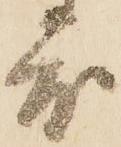
度